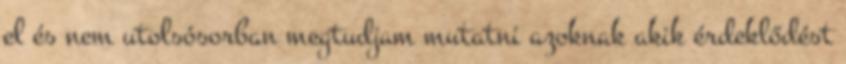
el és nem utolsósorban megtudjam mutatni azoknak akik érdeklődést